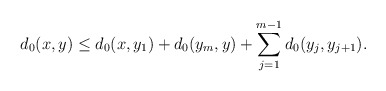
\begin{align*}d_0(x,y)\leq d_0(x,y_1)+d_0(y_m,y)+\sum_{j=1}^{m-1} d_0(y_j,y_{j+1}).\end{align*}